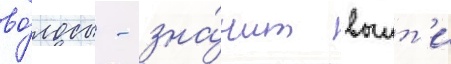
во́лосы - зна́чит выит'и